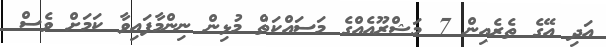
އަދި އޭގެ ތެރެއިން 7 މަޝްރޫއެއްގެ މަސައްކަތް މުޅިން ނިންމާފައިވާ ކަމަށް ވެސް